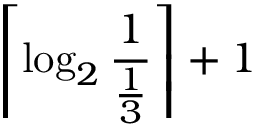
\left\lceil \log _ { 2 } { \frac { 1 } { \frac { 1 } { 3 } } } \right\rceil + 1